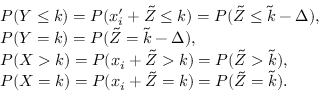
\begin{array} { r l } & { P ( Y \leq k ) = P ( x _ { i } ^ { \prime } + \tilde { Z } \leq k ) = P ( \tilde { Z } \leq \tilde { k } - \Delta ) , } \\ & { P ( Y = k ) = P ( \tilde { Z } = \tilde { k } - \Delta ) , } \\ & { P ( X > k ) = P ( x _ { i } + \tilde { Z } > k ) = P ( \tilde { Z } > \tilde { k } ) , } \\ & { P ( X = k ) = P ( x _ { i } + \tilde { Z } = k ) = P ( \tilde { Z } = \tilde { k } ) . } \end{array}